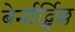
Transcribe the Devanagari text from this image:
बेर्नार्द्स्विल्ल